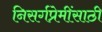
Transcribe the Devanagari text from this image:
निसर्गप्रेमींसाठी